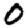
Digit: 0